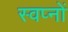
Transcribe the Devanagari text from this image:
स्वप्‍नों